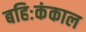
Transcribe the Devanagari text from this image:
बहिःकंकाल